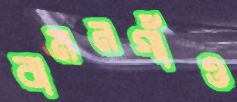
বামনগাঁও